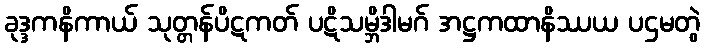
ခုဒ္ဒကနိကာယ် သုတ္တန်ပိဋကတ် ပဋိသမ္ဘိဒါမဂ် အဋ္ဌကထာနိဿယ ပဌမတွဲ